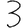
Digit: 3